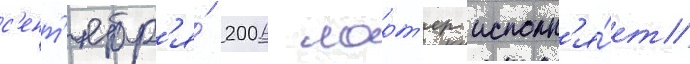
с'ент'ябр'я́ 2006 ларт'ер исполн'я́ет